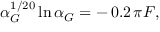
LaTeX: \alpha _ { G } ^ { 1 / 2 0 } \ln { \alpha _ { G } } = - \, 0 . 2 \, \pi F ,